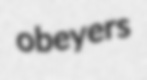
obeyers